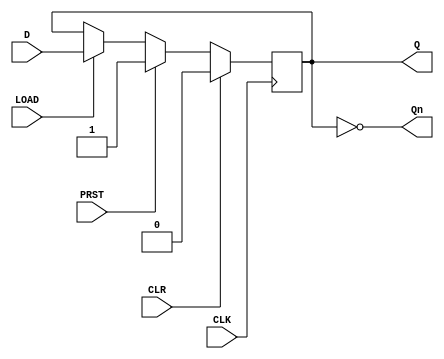
module d_flip_flop (
    input wire D,
    input wire CLK,
    input wire LOAD,
    input wire CLR,
    input wire PRST,
    output reg Q,
    output reg Qn
);

always @(posedge CLK) begin
    if (CLR) begin
        Q <= 1'b0;
    end else if (PRST) begin
        Q <= 1'b1;
    end else if (LOAD) begin
        Q <= D;
    end
end

assign Qn = ~Q;

endmodule